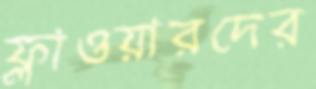
ফ্লাওয়ারদের